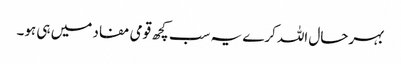
بہرحال اللہ کرے یہ سب کچھ قومی مفاد میں ہی ہو۔